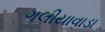
ગલીયાવાડા